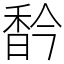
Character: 𩠻